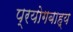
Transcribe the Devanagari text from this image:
प्रयोगबाह्य